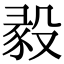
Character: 𣪣